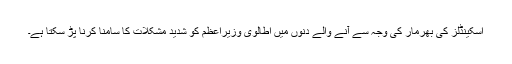
اسکینڈلز کی بھرمار کی وجہ سے آنے والے دنوں میں اطالوی وزیراعظم کو شدید مشکلات کا سامنا کرنا پڑ سکتا ہے۔